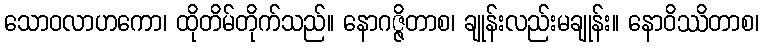
သောဝလာဟကော၊ ထိုတိမ်တိုက်သည်။ နောဂဇ္ဇိတာစ၊ ချုန်းလည်းမချုန်း။ နောဝိဿိတာစ၊